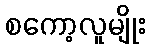
စကော့လူမျိုး